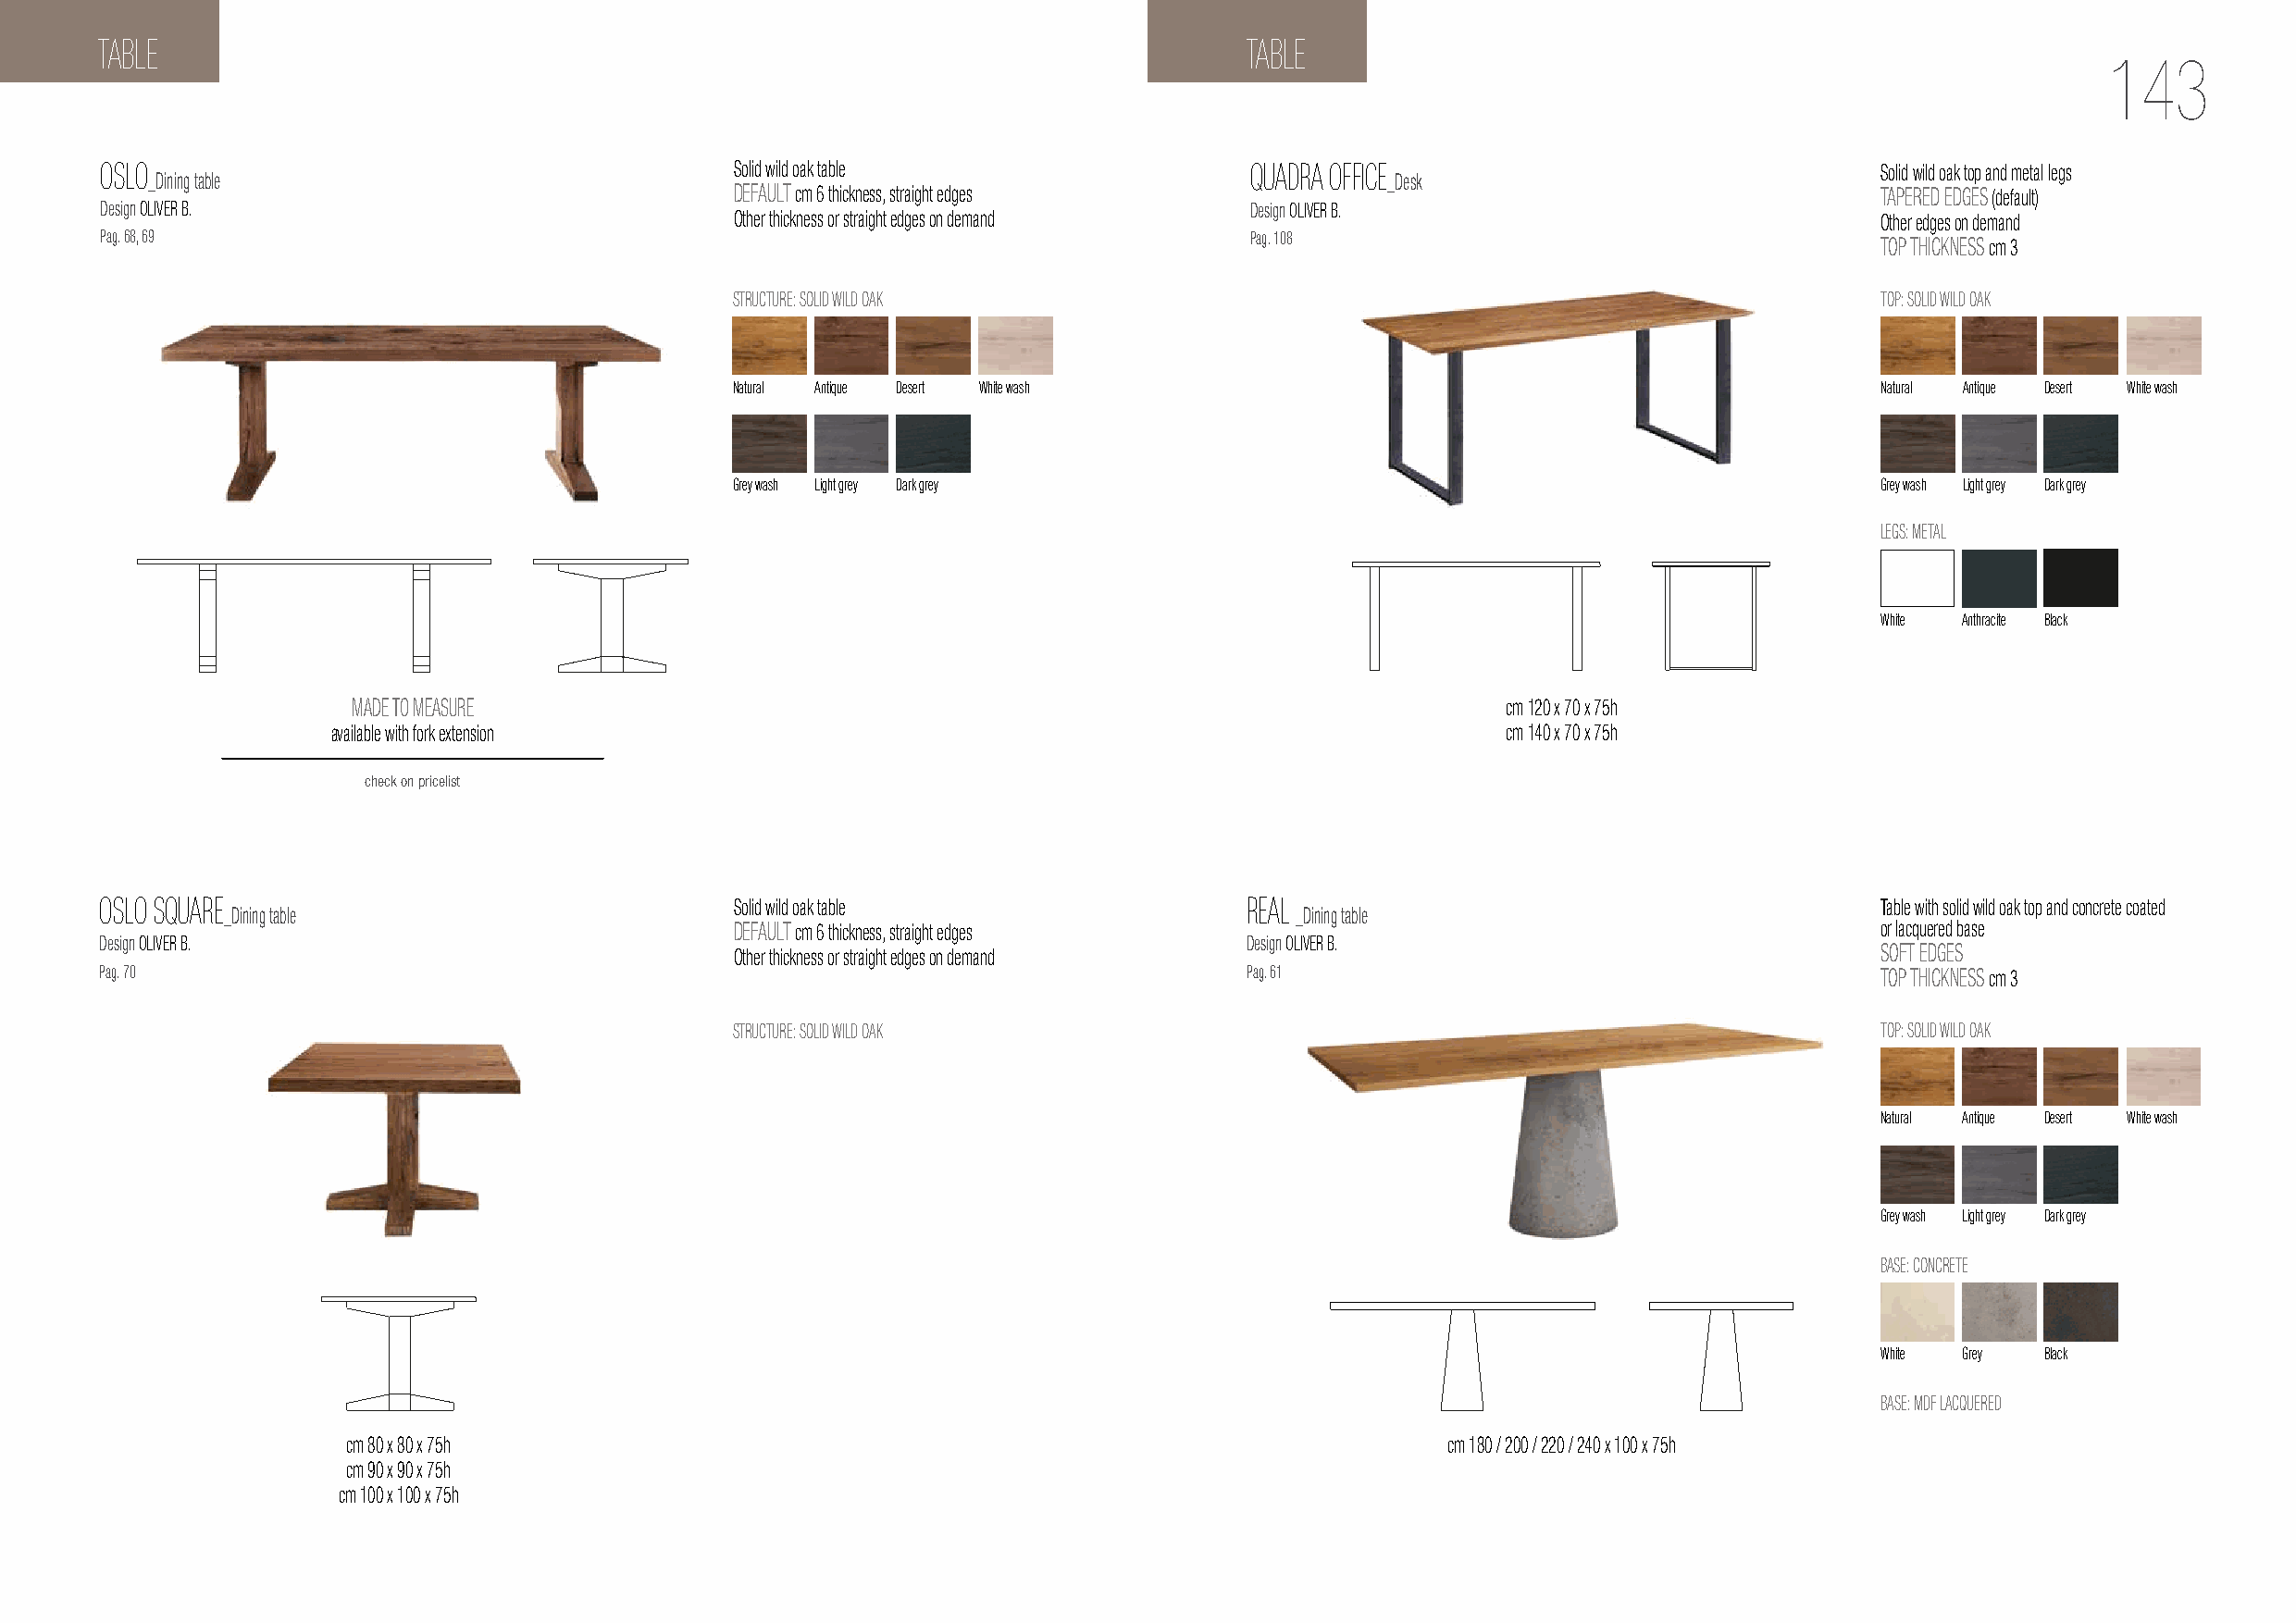
TABLE                                                                             TABLE
 143
 OSLO                                         Solid wild oak table                 QUADRA OFFICE                                Solid wild oak top and metal legs
 _Dining table                                                                           _Desk
 DEFAULT cm 6 thickness, straight edges                                            TAPERED EDGES (default)
 Design OLIVER B.                                                                  Design OLIVER B.
 Other thickness or straight edges on demand                                       Other edges on demand
 Pag. 68, 69                                                                       Pag. 108
 TOP THICKNESS cm 3
 STRUCTURE: SOLID WILD OAK                                                          TOP: SOLID WILD OAK
 Natural Antique Desert White wash                                                  Natural Antique Desert White wash
 Grey wash Light grey Dark grey                                                     Grey wash Light grey Dark grey
 LEGS: METAL
 White Anthracite Black
 MADE TO MEASURE                                                                    cm 120 x 70 x 75h
 available with fork extension                                                       cm 140 x 70 x 75h
 check on pricelist
 OSLO SQUARE                                  Solid wild oak table                 REAL                                         Table with solid wild oak top and concrete coated
 _Dining table                                                                _Dining table
 DEFAULT cm 6 thickness, straight edges                                            or lacquered base
 Design OLIVER B.                                                                  Design OLIVER B.
 Other thickness or straight edges on demand                                       SOFT EDGES
 Pag. 70                                                                           Pag. 61                                      TOP THICKNESS cm 3
 STRUCTURE: SOLID WILD OAK                                                          TOP: SOLID WILD OAK
 Natural Antique Desert White wash
 Grey wash Light grey Dark grey
 BASE: CONCRETE
 White Grey  Black
 BASE: MDF LACQUERED
 cm 80 x 80 x 75h                                                               cm 180 / 200 / 220 / 240 x 100 x 75h
 cm 90 x 90 x 75h
 cm 100 x 100 x 75h